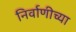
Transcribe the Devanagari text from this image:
निर्वाणीच्या